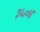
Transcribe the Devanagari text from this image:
३५०४